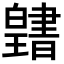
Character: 𤾭